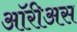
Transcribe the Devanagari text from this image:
ऑरीअस